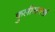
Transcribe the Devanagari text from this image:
फुलीसारखे